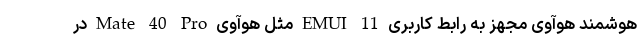
هوشمند هوآوی مجهز به رابط کاربری EMUI 11 مثل هوآوی Mate 40 Pro در